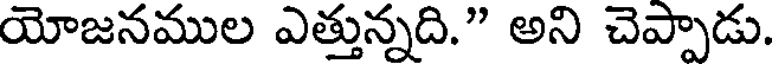
యోజనముల ఎత్తున్నది." అని చెప్పాడు.